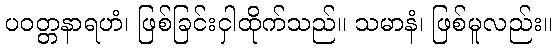
ပဝတ္တနာရဟံ၊ ဖြစ်ခြင်းငှါထိုက်သည်။ သမာနံ၊ ဖြစ်မူလည်း။